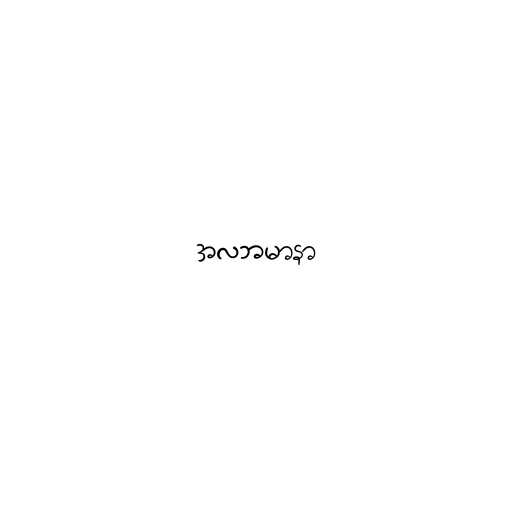
အလဘမာနာ